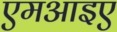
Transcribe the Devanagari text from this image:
एमआइए